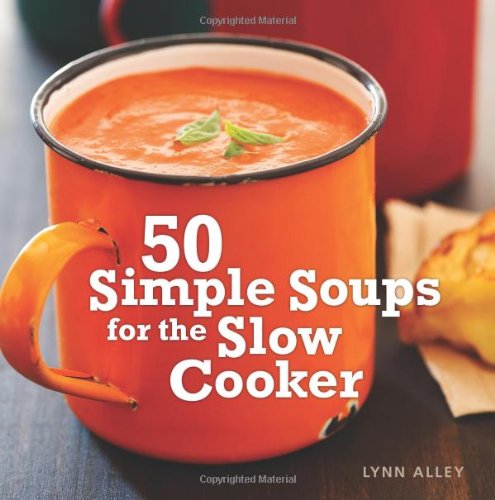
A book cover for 50 Simple Soups for the Slow Cooker; Lynn Alley; Cookbooks, Food & Wine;